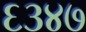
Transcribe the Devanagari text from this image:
६३४७